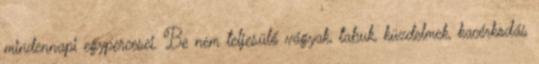
mindennapi egypercesei. Be nem teljesülő vágyak, tabuk, küzdelmek, kacérkodás